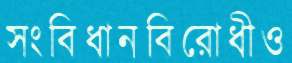
সংবিধানবিরোধীও